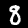
Label: 8